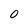
Character: 0